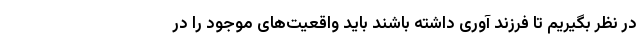
در نظر بگیریم تا فرزند آوری داشته باشند باید واقعیت‌های موجود را در